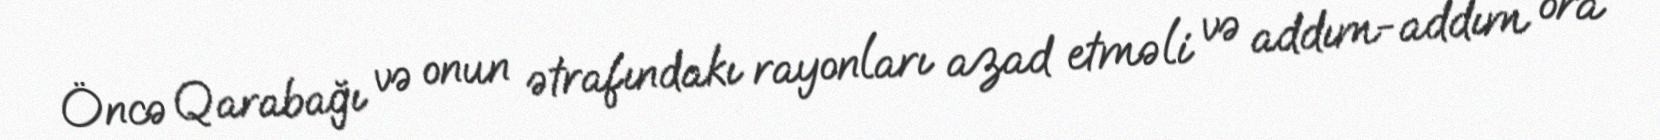
Öncə Qarabağı və onun ətrafındakı rayonları azad etməli və addım-addım ora